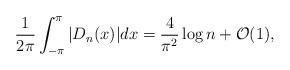
LaTeX: \begin{align*}\frac{1}{2\pi}\int_{-\pi}^{\pi}|D_n(x)|dx=\frac{4}{\pi^2}\log n+\mathcal{O}(1),\end{align*}